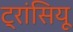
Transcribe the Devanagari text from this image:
ट्रांसियू